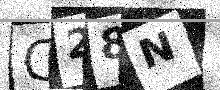
Text: C28N